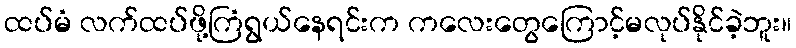
ထပ်မံ လက်ထပ်ဖို့ကြံရွယ်နေရင်းက ကလေးတွေကြောင့်မလုပ်နိုင်ခဲ့ဘူး။